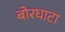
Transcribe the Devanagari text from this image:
बोरघाटा